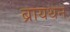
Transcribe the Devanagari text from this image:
ब्रायथन